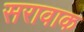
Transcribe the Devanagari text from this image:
सरावाक